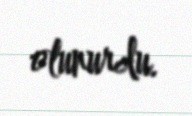
olunurdu.